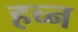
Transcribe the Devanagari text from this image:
हच्न